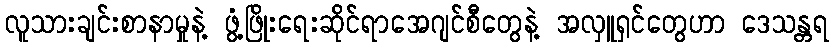
လူသားချင်းစာနာမှုနဲ့ ဖွံ့ဖြိုးရေးဆိုင်ရာအေဂျင်စီတွေနဲ့ အလှူရှင်တွေဟာ ဒေသန္တရ